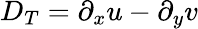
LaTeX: D_{T}=\partial_{x}u-\partial_{y}v